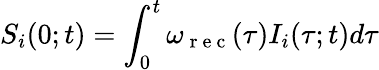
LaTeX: S_{i}(0;t)=\int_{0}^{t}\omega_{\mathrm{~r~e~c~}}(\tau)I_{i}(\tau;t)d\tau